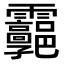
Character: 𩇊